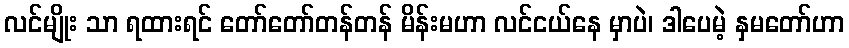
လင်မျိုး သာ ရထားရင် တော်တော်တန်တန် မိန်းမဟာ လင်ငယ်နေ မှာပဲ၊ ဒါပေမဲ့ နှမတော်ဟာ